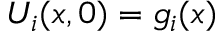
U _ { i } ( x , 0 ) = g _ { i } ( x )